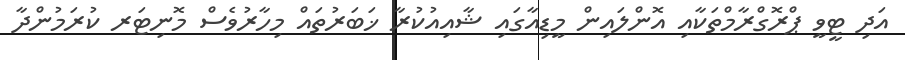
އަދި ޓީވީ ޕްރޮގްރާމްތަކާއި އޮންލައިން މީޑިއާގައި ޝާއިއުކުރާ ޚަބަރުތައް މިހާރުވެސް މޮނިޓަރ ކުރަމުންދާ